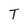
Character: T